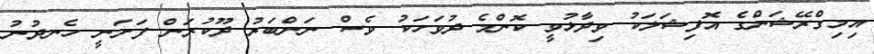
އިމިގްރޭޝަންގެ އޮފިޝަލަކު ވިދާޅުވީ ކޮންމެ ދުވަހަކު ވެސް ނަންބަރު ދޫކުރަން ފަށަނީ ހެނދުނު